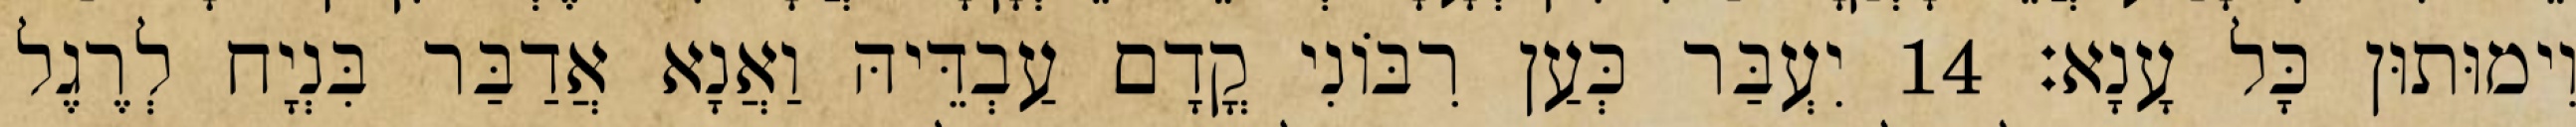
וִימוּתוּן כָּל עָנָא׃ 14 יִעְבַּר כְּעַן רִבּוֹנִי קֳדָם עַבְדֵּיהּ וַאֲנָא אֲדַבַּר בִּנְיָח לְרֶגֶל